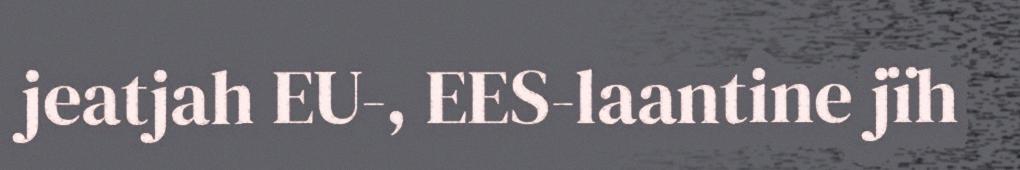
jeatjah EU-, EES-laantine jïh